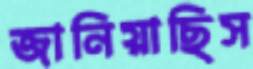
জানিয়াছিস